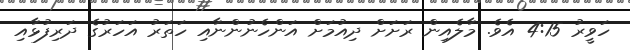
ހަވީރު 4:15 އެވެ. މާލެއިން ރަށަށް ދިއުމަށް އަންހެނުންނާއި ހަތަރު އަހަރުގެ ދަރިފުޅާއި